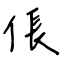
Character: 倀